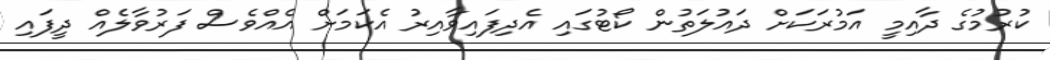
ކުރުމުގެ ދާއިމީ އަމުރަކަށް ދައުލަތުން ކޯޓުގައި އެދިފައިވާއިރު އެކަމަށް އެއްވެސް ފަރުވާލެއް ދީފައި